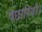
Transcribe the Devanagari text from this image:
पछारियौ।